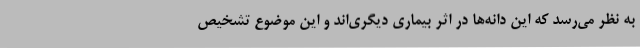
به نظر می‌رسد که این دانه‌ها در اثر بیماری دیگری‌اند و این موضوع تشخیص